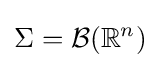
\Sigma ={\mathcal {B}}(\mathbb {R} ^{n})